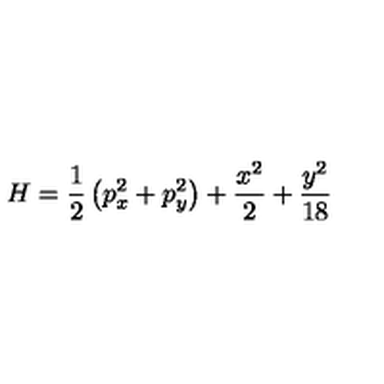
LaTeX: H = \frac { 1 } { 2 } \left( p _ { x } ^ { 2 } + p _ { y } ^ { 2 } \right) + \frac { x ^ { 2 } } { 2 } + \frac { y ^ { 2 } } { 1 8 }